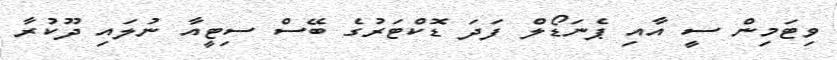
ވިޓަމިން ސީ އާއި ޕެނަޑޯލް ފަދަ ޑޮކްޓަރުގެ ބޭސް ސިޓީއާ ނުލައި ދޫކުރާ